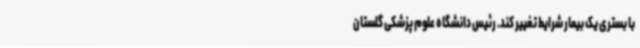
با بستری یک بیمار شرایط تغییر کند. رئیس دانشگاه علوم پزشکی گلستان